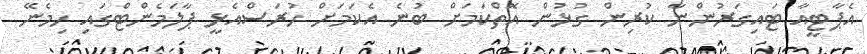
އެޕާޓީއާ ޓައިގަރުންނާ ކުރިން ގުޅުން އޮތްކަމަށް ބުނެ އެކަމަށް ހުރަސްއެޅީ ޕާލަމެންޓްގައި ހިމެނޭ